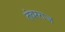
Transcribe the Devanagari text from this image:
तंवरराज